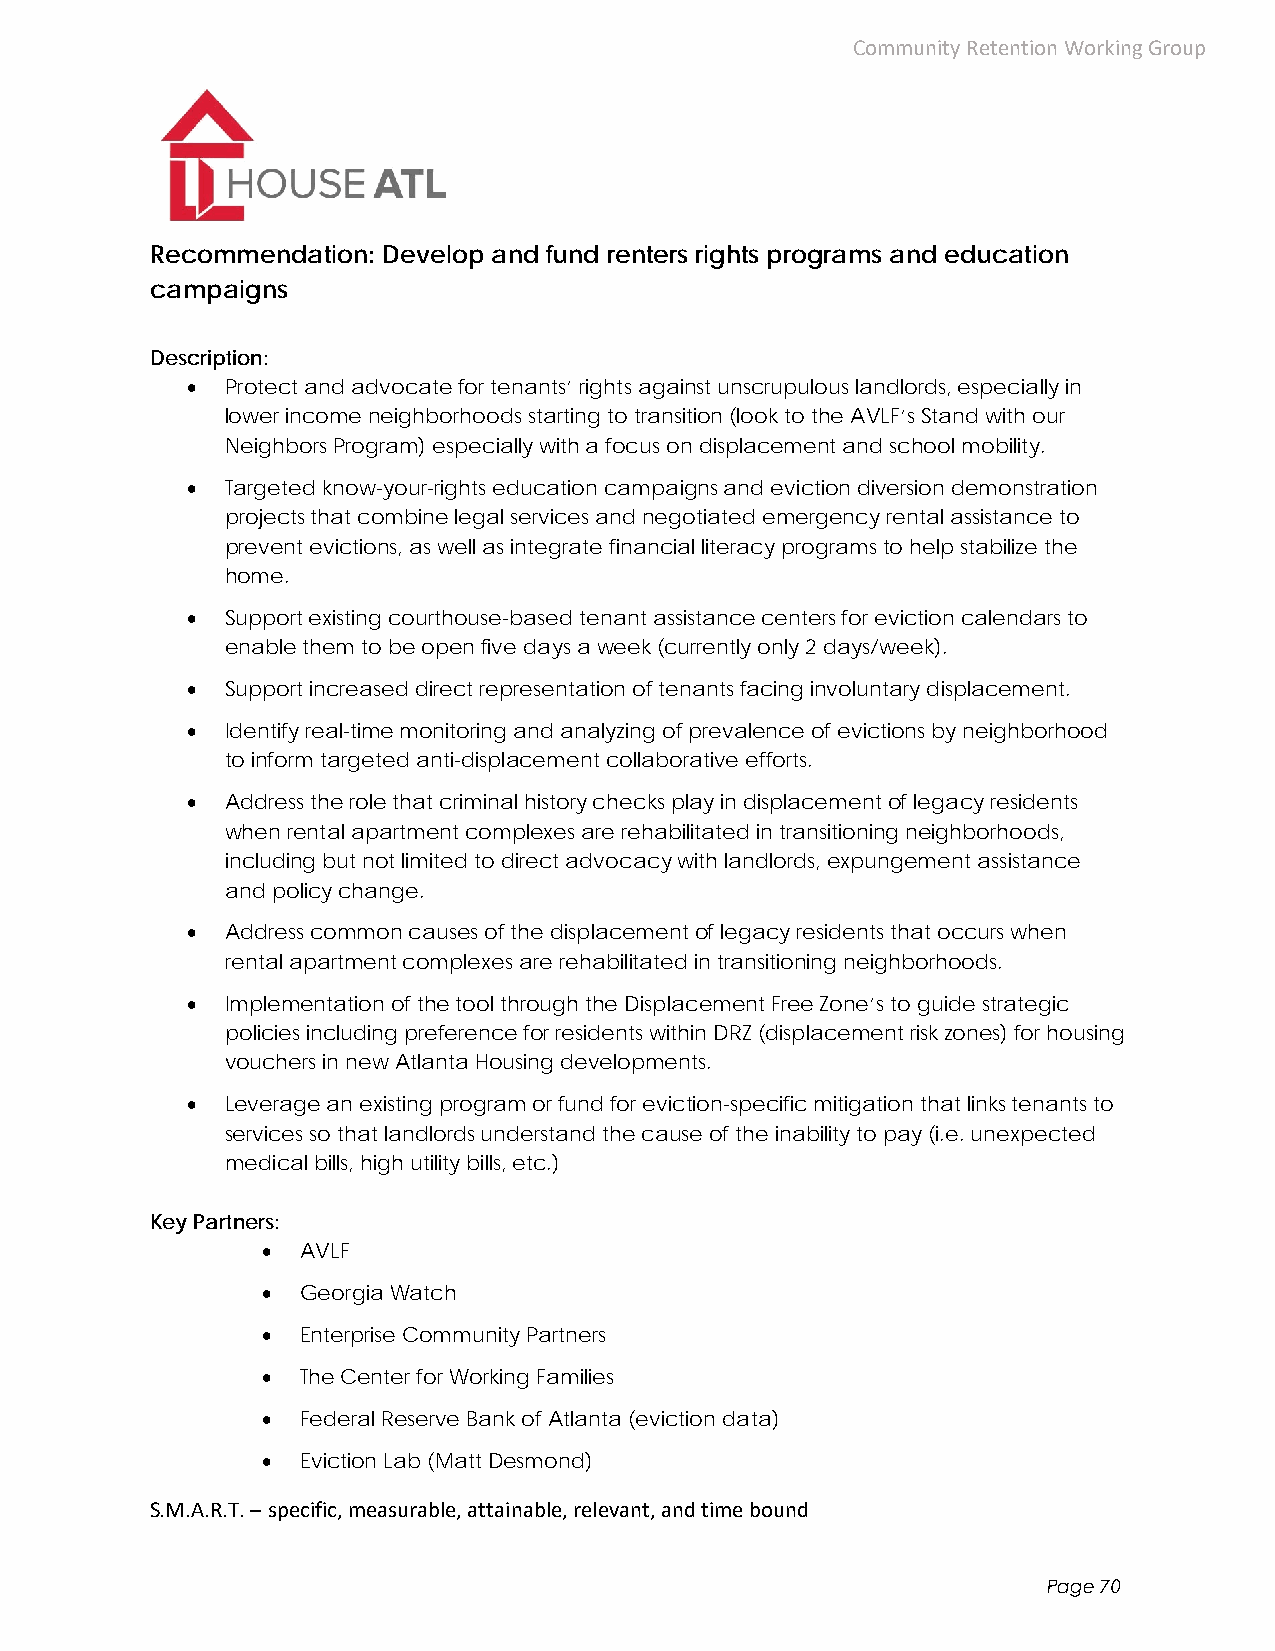
Community Retention Working Group
 Recommendation: Develop and fund renters rights programs and education
 campaigns
 Description:
   Protect and advocate for tenants’ rights against unscrupulous landlords, especially in
 lower income neighborhoods starting to transition (look to the AVLF’s Stand with our
 Neighbors Program) especially with a focus on displacement and school mobility.
   Targeted know-your-rights education campaigns and eviction diversion demonstration
 projects that combine legal services and negotiated emergency rental assistance to
 prevent evictions, as well as integrate financial literacy programs to help stabilize the
 home.
   Support existing courthouse-based tenant assistance centers for eviction calendars to
 enable them to be open five days a week (currently only 2 days/week).
   Support increased direct representation of tenants facing involuntary displacement.
   Identify real-time monitoring and analyzing of prevalence of evictions by neighborhood
 to inform targeted anti-displacement collaborative efforts.
   Address the role that criminal history checks play in displacement of legacy residents
 when rental apartment complexes are rehabilitated in transitioning neighborhoods,
 including but not limited to direct advocacy with landlords, expungement assistance
 and policy change.
   Address common causes of the displacement of legacy residents that occurs when
 rental apartment complexes are rehabilitated in transitioning neighborhoods.
   Implementation of the tool through the Displacement Free Zone’s to guide strategic
 policies including preference for residents within DRZ (displacement risk zones) for housing
 vouchers in new Atlanta Housing developments.
   Leverage an existing program or fund for eviction-specific mitigation that links tenants to
 services so that landlords understand the cause of the inability to pay (i.e. unexpected
 medical bills, high utility bills, etc.)
 Key Partners:
   AVLF
   Georgia Watch
   Enterprise Community Partners
   The Center for Working Families
   Federal Reserve Bank of Atlanta (eviction data)
   Eviction Lab (Matt Desmond)
 S.M.A.R.T. – specific, measurable, attainable, relevant, and time bound
 Page 70